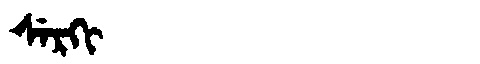
Manchu: ᠰᡝᡵᡴᡳ
Romanization: SERKI